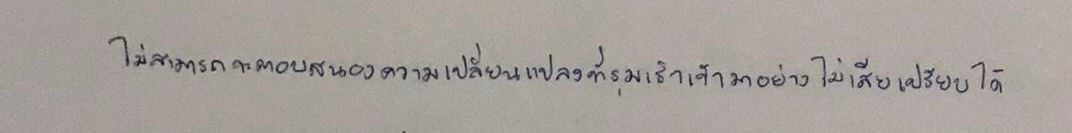
ไม่สามารถจะตอบสนองความเปลี่ยนแปลงที่รุมเร้าเข้ามาอย่างไม่เสียเปรียบได้